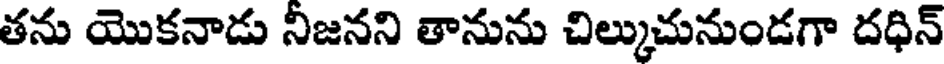
తను యొకనాడు నిజనని తానును చిల్కుచునుండగా దధిన్